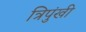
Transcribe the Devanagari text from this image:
त्रिपुंखी